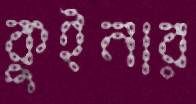
কুইনার